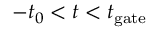
- t _ { 0 } < t < t _ { \mathrm { g a t e } }